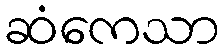
ဆံကေသာ